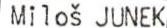
Miloš JUNEK